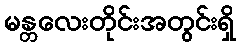
မန္တလေးတိုင်းအတွင်းရှိ